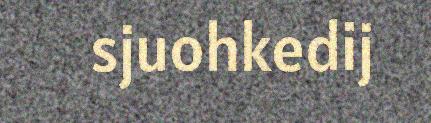
sjuohkedij